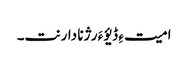
امیت ءِ ڈیؤ ءَ رژنا دارنت۔